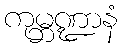
ကုမ္ဘဏ္ဍာနံ